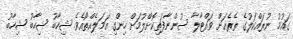
ގައުމު ނުރައްކަލުގެ ތެރެއަށް ވައްޓާލާ ސުންނާފަތިކޮށްލުމަށް ހިންގި އަމަލެއްތޯއެވެ. ޝިހާބު ޝިހާބު ޝިހާބު